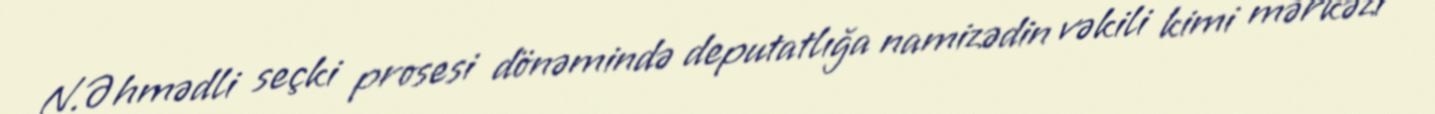
N.Əhmədli seçki prosesi dönəmində deputatlığa namizədin vəkili kimi mərkəzi